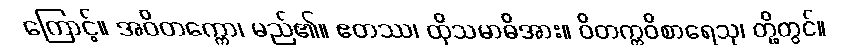
ကြောင့်။ အဝိတက္ကော၊ မည်၏။ ဧတဿ၊ ထိုသမာဓိအား။ ဝိတက္ကဝိစာရေသု၊ တို့တွင်။